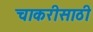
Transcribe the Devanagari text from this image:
चाकरीसाठी